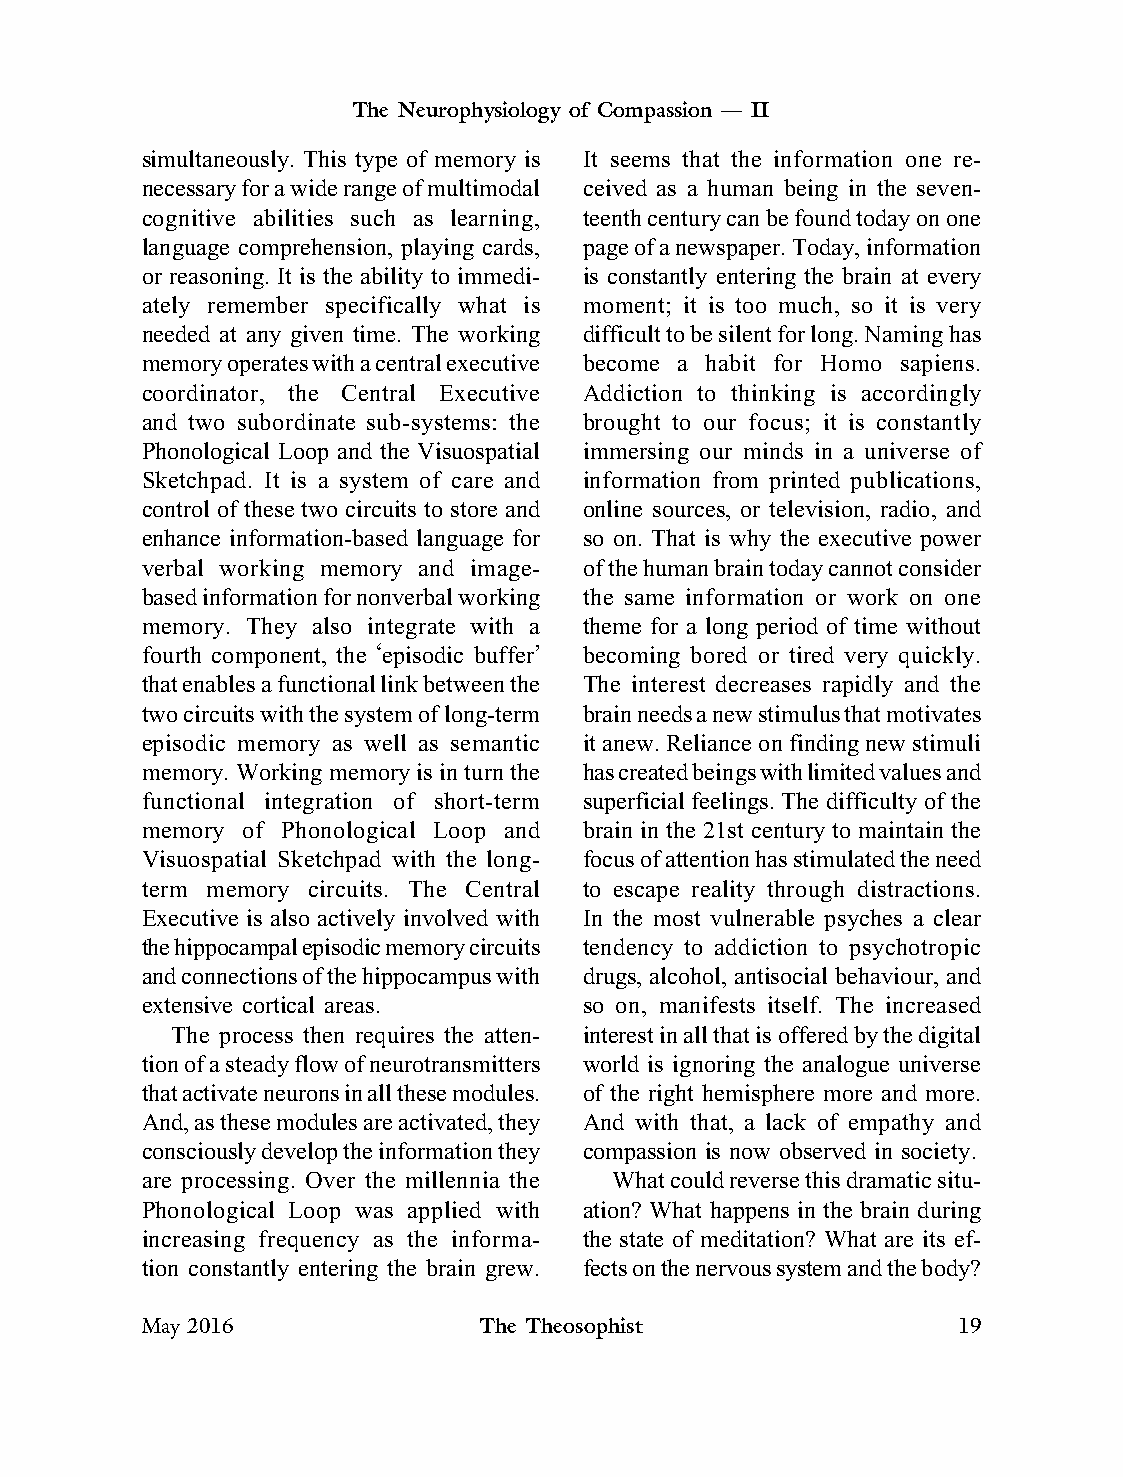
The Neurophysiology of Compassion — II
 simultaneously. This type of memory is It seems that the information one re-
 necessary for a wide range of multimodal ceived as a human being in the seven-
 cognitive abilities such as learning, teenth century can be found today on one
 language comprehension, playing cards, page of a newspaper. Today, information
 or reasoning. It is the ability to immedi- is constantly entering the brain at every
 ately remember specifically what is moment; it is too much, so it is very
 needed at any given time. The working difficult to be silent for long. Naming has
 memory operates with a central executive become a habit for Homo sapiens.
 coordinator, the Central Executive Addiction to thinking is accordingly
 and two subordinate sub-systems: the brought to our focus; it is constantly
 Phonological Loop and the Visuospatial immersing our minds in a universe of
 Sketchpad. It is a system of care and information from printed publications,
 control of these two circuits to store and online sources, or television, radio, and
 enhance information-based language for so on. That is why the executive power
 verbal working memory and image- of the human brain today cannot consider
 based information for nonverbal working the same information or work on one
 memory. They also integrate with a theme for a long period of time without
 fourth component, the ‘episodic buffer’ becoming bored or tired very quickly.
 that enables a functional link between the The interest decreases rapidly and the
 two circuits with the system of long-term brain needs a new stimulus that motivates
 episodic memory as well as semantic it anew. Reliance on finding new stimuli
 memory. Working memory is in turn the has created beings with limited values and
 functional integration of short-term superficial feelings. The difficulty of the
 memory of Phonological Loop and brain in the 21st century to maintain the
 Visuospatial Sketchpad with the long- focus of attention has stimulated the need
 term memory circuits. The Central to escape reality through distractions.
 Executive is also actively involved with In the most vulnerable psyches a clear
 the hippocampal episodic memory circuits tendency to addiction to psychotropic
 and connections of the hippocampus with drugs, alcohol, antisocial behaviour, and
 extensive cortical areas.     so on, manifests itself. The increased
 The process then requires the atten- interest in all that is offered by the digital
 tion of a steady flow of neurotransmitters world is ignoring the analogue universe
 that activate neurons in all these modules. of the right hemisphere more and more.
 And, as these modules are activated, they And with that, a lack of empathy and
 consciously develop the information they compassion is now observed in society.
 are processing. Over the millennia the What could reverse this dramatic situ-
 Phonological Loop was applied with ation? What happens in the brain during
 increasing frequency as the informa- the state of meditation? What are its ef-
 tion constantly entering the brain grew. fects on the nervous system and the body?
 May 2016               The Theosophist                19